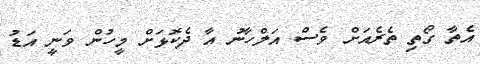
އެތާ ގޯތި ތެރެއަށް ވެސް އަލްހާނު އާ ދެކޮޅަށް މީހުން ވަނީ އަޑު